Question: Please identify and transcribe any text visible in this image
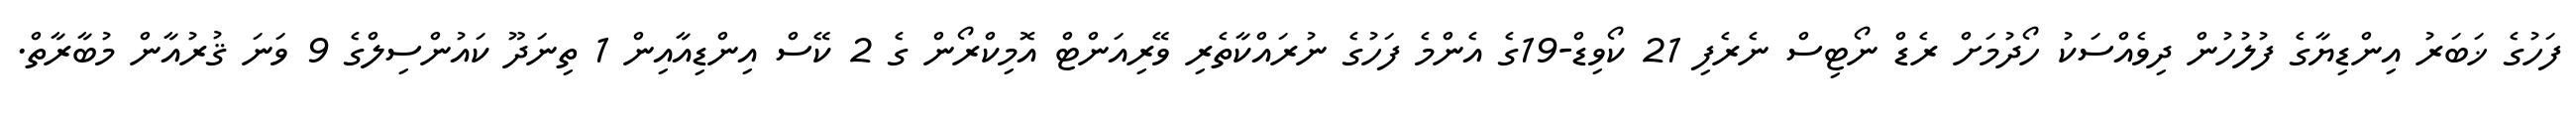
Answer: ފަހުގެ ޚަބަރު އިންޑިޔާގެ ފުލުހުން ދިވެއްސަކު ހޯދުމަށް ރެޑް ނޯޓިސް ނެރެފި 21 ކޯވިޑް-19ގެ އެންމެ ފަހުގެ ނުރައްކާތެރި ވޭރިއަންޓް އޮމިކްރޯން ގެ 2 ކޭސް އިންޑިއާއިން 1 ތިނަދޫ ކައުންސިލްގެ 9 ވަނަ ޤުރުއާން މުބާރާތް.